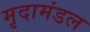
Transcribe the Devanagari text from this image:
मृदामंडल